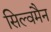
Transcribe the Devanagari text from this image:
सिल्वमैन